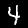
Label: 4